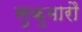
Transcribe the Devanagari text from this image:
सुकुमारौ